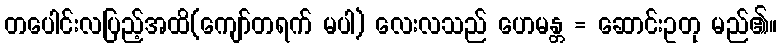
တပေါင်းလပြည့်အထိ(ကျော်တရက် မပါ) လေးလသည် ဟေမန္တ = ဆောင်းဥတု မည်၏။